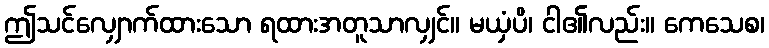
ဤသင်လျှောက်ထားသော ရထားအတူသာလျှင်။ မယှံပိ၊ ငါ၏လည်း။ ကေသေစ၊